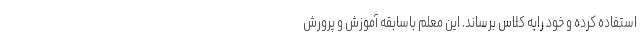
استفاده کرده و خود رابه کلاس برساند. این معلم باسابقه آموزش و پرورش